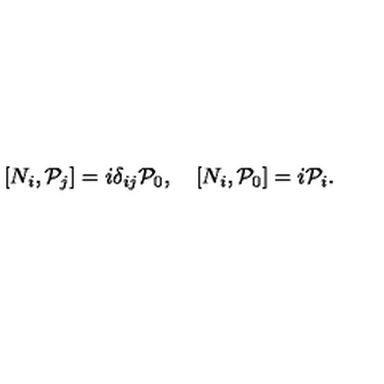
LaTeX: \left[ N _ { i } , { \cal P } _ { j } \right] = i \delta _ { i j } { \cal P } _ { 0 } , \quad \left[ N _ { i } , { \cal P } _ { 0 } \right] = i { \cal P } _ { i } .